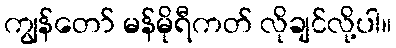
ကျွန်တော် မန်မိုရီကတ် လိုချင်လို့ပါ။